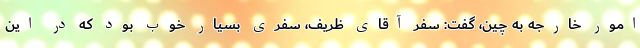
امور خارجه به چین، گفت: سفر آقای ظریف، سفری بسیار خوب بود که در این